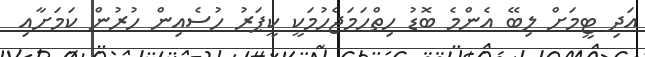
އަދި ޓީމަށް ލިބޭ އެންމެ ބޮޑު ހިތްހަމަޖެހުމަކީ ކީޕަރު ހުސެއިން ހުރުން ކަމަށާއި